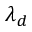
\lambda _ { d }